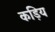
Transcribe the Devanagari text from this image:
कड़िय